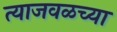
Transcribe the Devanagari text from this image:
त्याजवळच्या